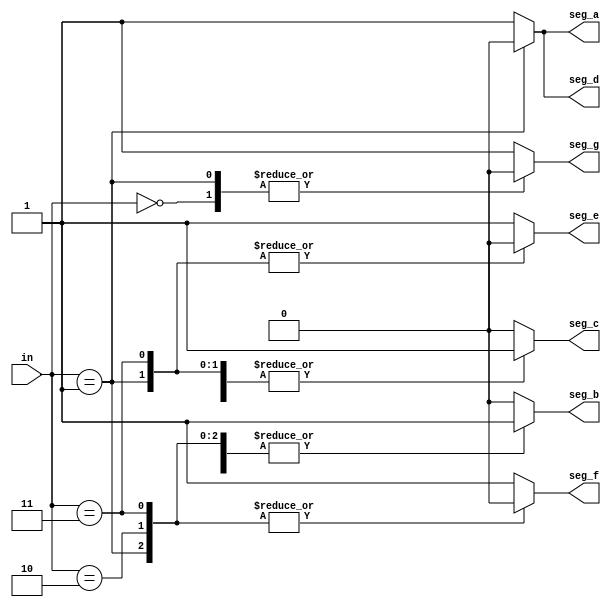
module seven_seg(input [2:0]in,
output reg seg_a,
output reg seg_b,
output reg seg_c,
output reg seg_d,
output reg seg_e,
output reg seg_f,
output reg seg_g
 
    );
    always @(*)
      begin
      case(in)
      3'b000:begin seg_a=1;
      seg_b=1;
      seg_c=1;
      seg_d=1;
      seg_e=1;
      seg_f=1;
      seg_g=0;
      end 
      3'b001:begin seg_a=0;
            seg_b=1;
            seg_c=1;
            seg_d=0;
            seg_e=0;
            seg_f=0;
            seg_g=0;
            end 
      3'b010:begin seg_a=1;
                  seg_b=1;
                  seg_c=0;
                  seg_d=1;
                  seg_e=1;
                  seg_f=0;
                  seg_g=1;
                  end 
     3'b011:begin seg_a=1;
                        seg_b=1;
                        seg_c=1;
                        seg_d=1;
                        seg_e=0;
                        seg_f=0;
                        seg_g=1;
                        end    
    default : begin seg_a=1;
                              seg_b=0;
                              seg_c=0;
                              seg_d=1;
                              seg_e=1;
                              seg_f=1;
                              seg_g=1;
                              end                               
    endcase
    end
    
endmodule